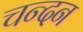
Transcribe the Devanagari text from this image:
चन्‍दन